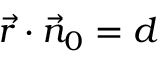
{ \vec { r } } \cdot { \vec { n } } _ { 0 } = d